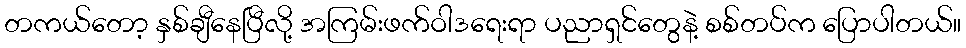
တကယ်တော့ နှစ်ချီနေပြီလို့ အကြမ်းဖက်ဝါဒရေးရာ ပညာရှင်တွေနဲ့ စစ်တပ်က ပြောပါတယ်။